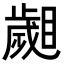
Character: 𣦦